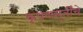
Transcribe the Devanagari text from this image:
कृषणमूर्तींचे